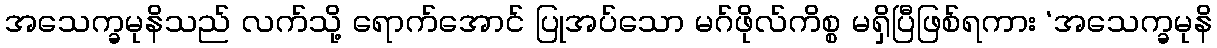
အသေက္ခမုနိသည် လက်သို့ ရောက်အောင် ပြုအပ်သော မဂ်ဖိုလ်ကိစ္စ မရှိပြီဖြစ်ရကား ‘အသေက္ခမုနိ